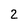
Character: 2